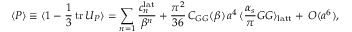
\langle P \rangle \equiv \langle 1 - \frac { 1 } { 3 } \, \mathrm { t r } \, U _ { P } \rangle = \sum _ { n = 1 } \frac { c _ { n } ^ { \mathrm { l a t } } } { \beta ^ { n } } + \frac { \pi ^ { 2 } } { 3 6 } \, C _ { G G } ( \beta ) \, a ^ { 4 } \, \langle \frac { \alpha _ { s } } { \pi } G G \rangle _ { \mathrm { l a t t } } + \, O ( a ^ { 6 } ) ,